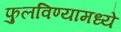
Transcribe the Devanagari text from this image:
फुलविण्यामध्ये